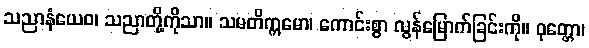
သညာနံယေဝ၊ သညာတို့ကိုသာ။ သမတိက္ကမော၊ ကောင်းစွာ လွန်မြောက်ခြင်းကို။ ဝုတ္တော၊